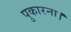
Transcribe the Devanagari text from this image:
पुकारना।